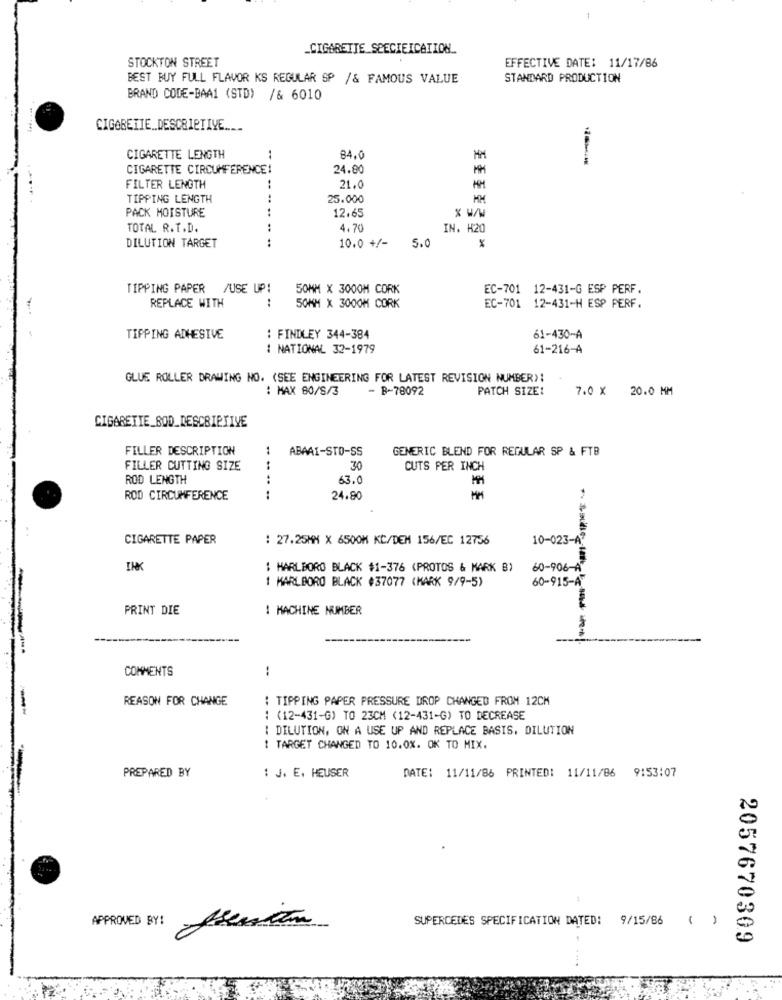
_CIGARETTE SPECIEICATION ..
STOCKTON STREET
EFFECTIVE DATE: 11/17/86
BEST BUY FULL FLAVOR KS REGULAR SP /& FAMOUS VALUE
STANDARD PRODUCTION
BRAND CODE-BAA1 (STD) /& 6010
CIGORETIE .. DESCRIPTIVE ..__
CIGARETTE LENGTH
:
84.0
HM
CIGARETTE CIRCUMFERENCE!
24.00
FILTER LENGTH
21.0
TIPPING LENGTH
25.000
MM
PACK MOISTURE
... ..
12.65
TOTAL R.T.D.
4,70
IN. H20
..
10.0 +/-
5.0
DILUTION TARGET
TIPPING PAPER /USE UP!
50MM X 3000M CORK
EC-701 12-431-G ESP PERF.
:
REPLACE WITH
50MM X 3000M CORK
EC-701 12-431-H ESP PERF.
TIPPING ADHESIVE
: FINDLEY 344-384
61-430-A
: NATIONAL 32-1979
61-216-A
GLUE ROLLER DRAWING NO. (SEE ENGINEERING FOR LATEST REVISION NUMBER)!
: MAX 80/S/3
- B-78092
PATCH SIZE:
7.0 × 20.0 MM
CIGARETTE_BOD_DESCRIPTIVE
FILLER DESCRIPTION
GENERIC BLEND FOR REGULAR SP & FTB
ABAAI-STO-SS
FILLER CUTTING SIZE
30
CUTS PER INCH
ROD LENGTH
63.0
ROD CIRCUMFERENCE
24.80
CIGARETTE PAPER
: 27.25MM X 6500M KC/DEM 156/EC 12756
10-023-A
IHK
1 MARLBORO BLACK #1-376 (PROTOS & MARK B)
60-906-A
1 MARLBORO BLACK #37077 (MARK 9/9-5)
60-915-A
PRINT DIE
1 MACHINE NUMBER
COMMENTS
:
REASON FOR CHANGE
: TIPPING PAPER PRESSURE DROP CHANGED FROM 12CM
: (12-431-G) TO 23CM (12-431-G) TO DECREASE
DILUTION, ON A USE UP AND REPLACE BASIS, DILUTION
TARGET CHANGED TO 10.0%. OK TO MIX.
PREPARED BY
: J. E. HEUSER
DATE: 11/11/86 PRINTED: 11/11/86 9:53:07
APPROVED BY!
SUPERCEDES SPECIFICATION DATED: 9/15/86
( )
2057670309